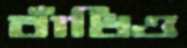
বাঁধিও